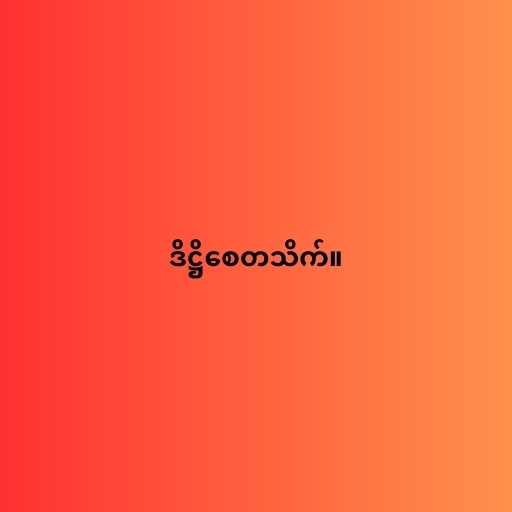
ဒိဋ္ဌိစေတသိက်။